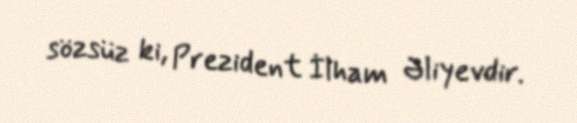
sözsüz ki, Prezident İlham Əliyevdir.